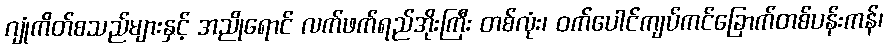
ဂျုံကိတ်စသည်များနှင့် အညိုရောင် လက်ဖက်ရည်အိုးကြီး တစ်လုံး၊ ဝက်ပေါင်ကျပ်ကင်ခြောက်တစ်ပန်းကန်၊